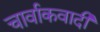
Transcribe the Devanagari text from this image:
चार्वाकवादी